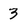
Character: 3